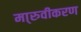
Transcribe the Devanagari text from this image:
मा्रुवीकरण